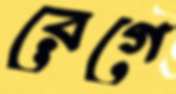
রেগে